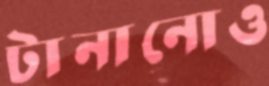
টানানোও